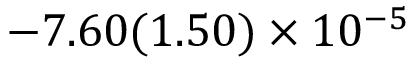
- 7 . 6 0 ( 1 . 5 0 ) \times 1 0 ^ { - 5 }